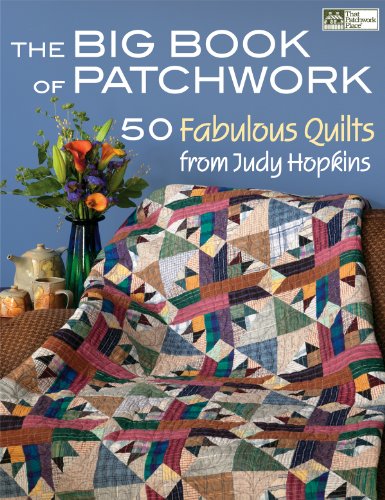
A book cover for The Big Book of Patchwork: 50 Fabulous Quilts from Judy Hopkins; Judy Hopkins; Crafts, Hobbies & Home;